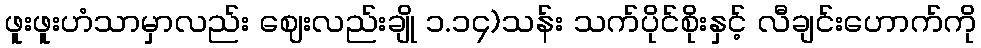
ဖူးဖူးဟံသာမှာလည်း ဈေးလည်းချို ၁.၁၄)သန်း သက်ပိုင်စိုးနှင့် လီချင်းဟောက်ကို